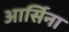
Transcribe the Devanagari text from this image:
आर्सिना